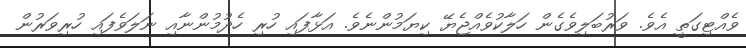
ވެއްޓިގަތީ އެވެ. ވަރުބަލިވެގެން ހަލާކުވެއްޖެޔޭ ކިޔަމުންނެވެ. އަޅާފައި ހުރި ހެދުމުންނާއި ނަލަވެފައި ހުރިވަރުން